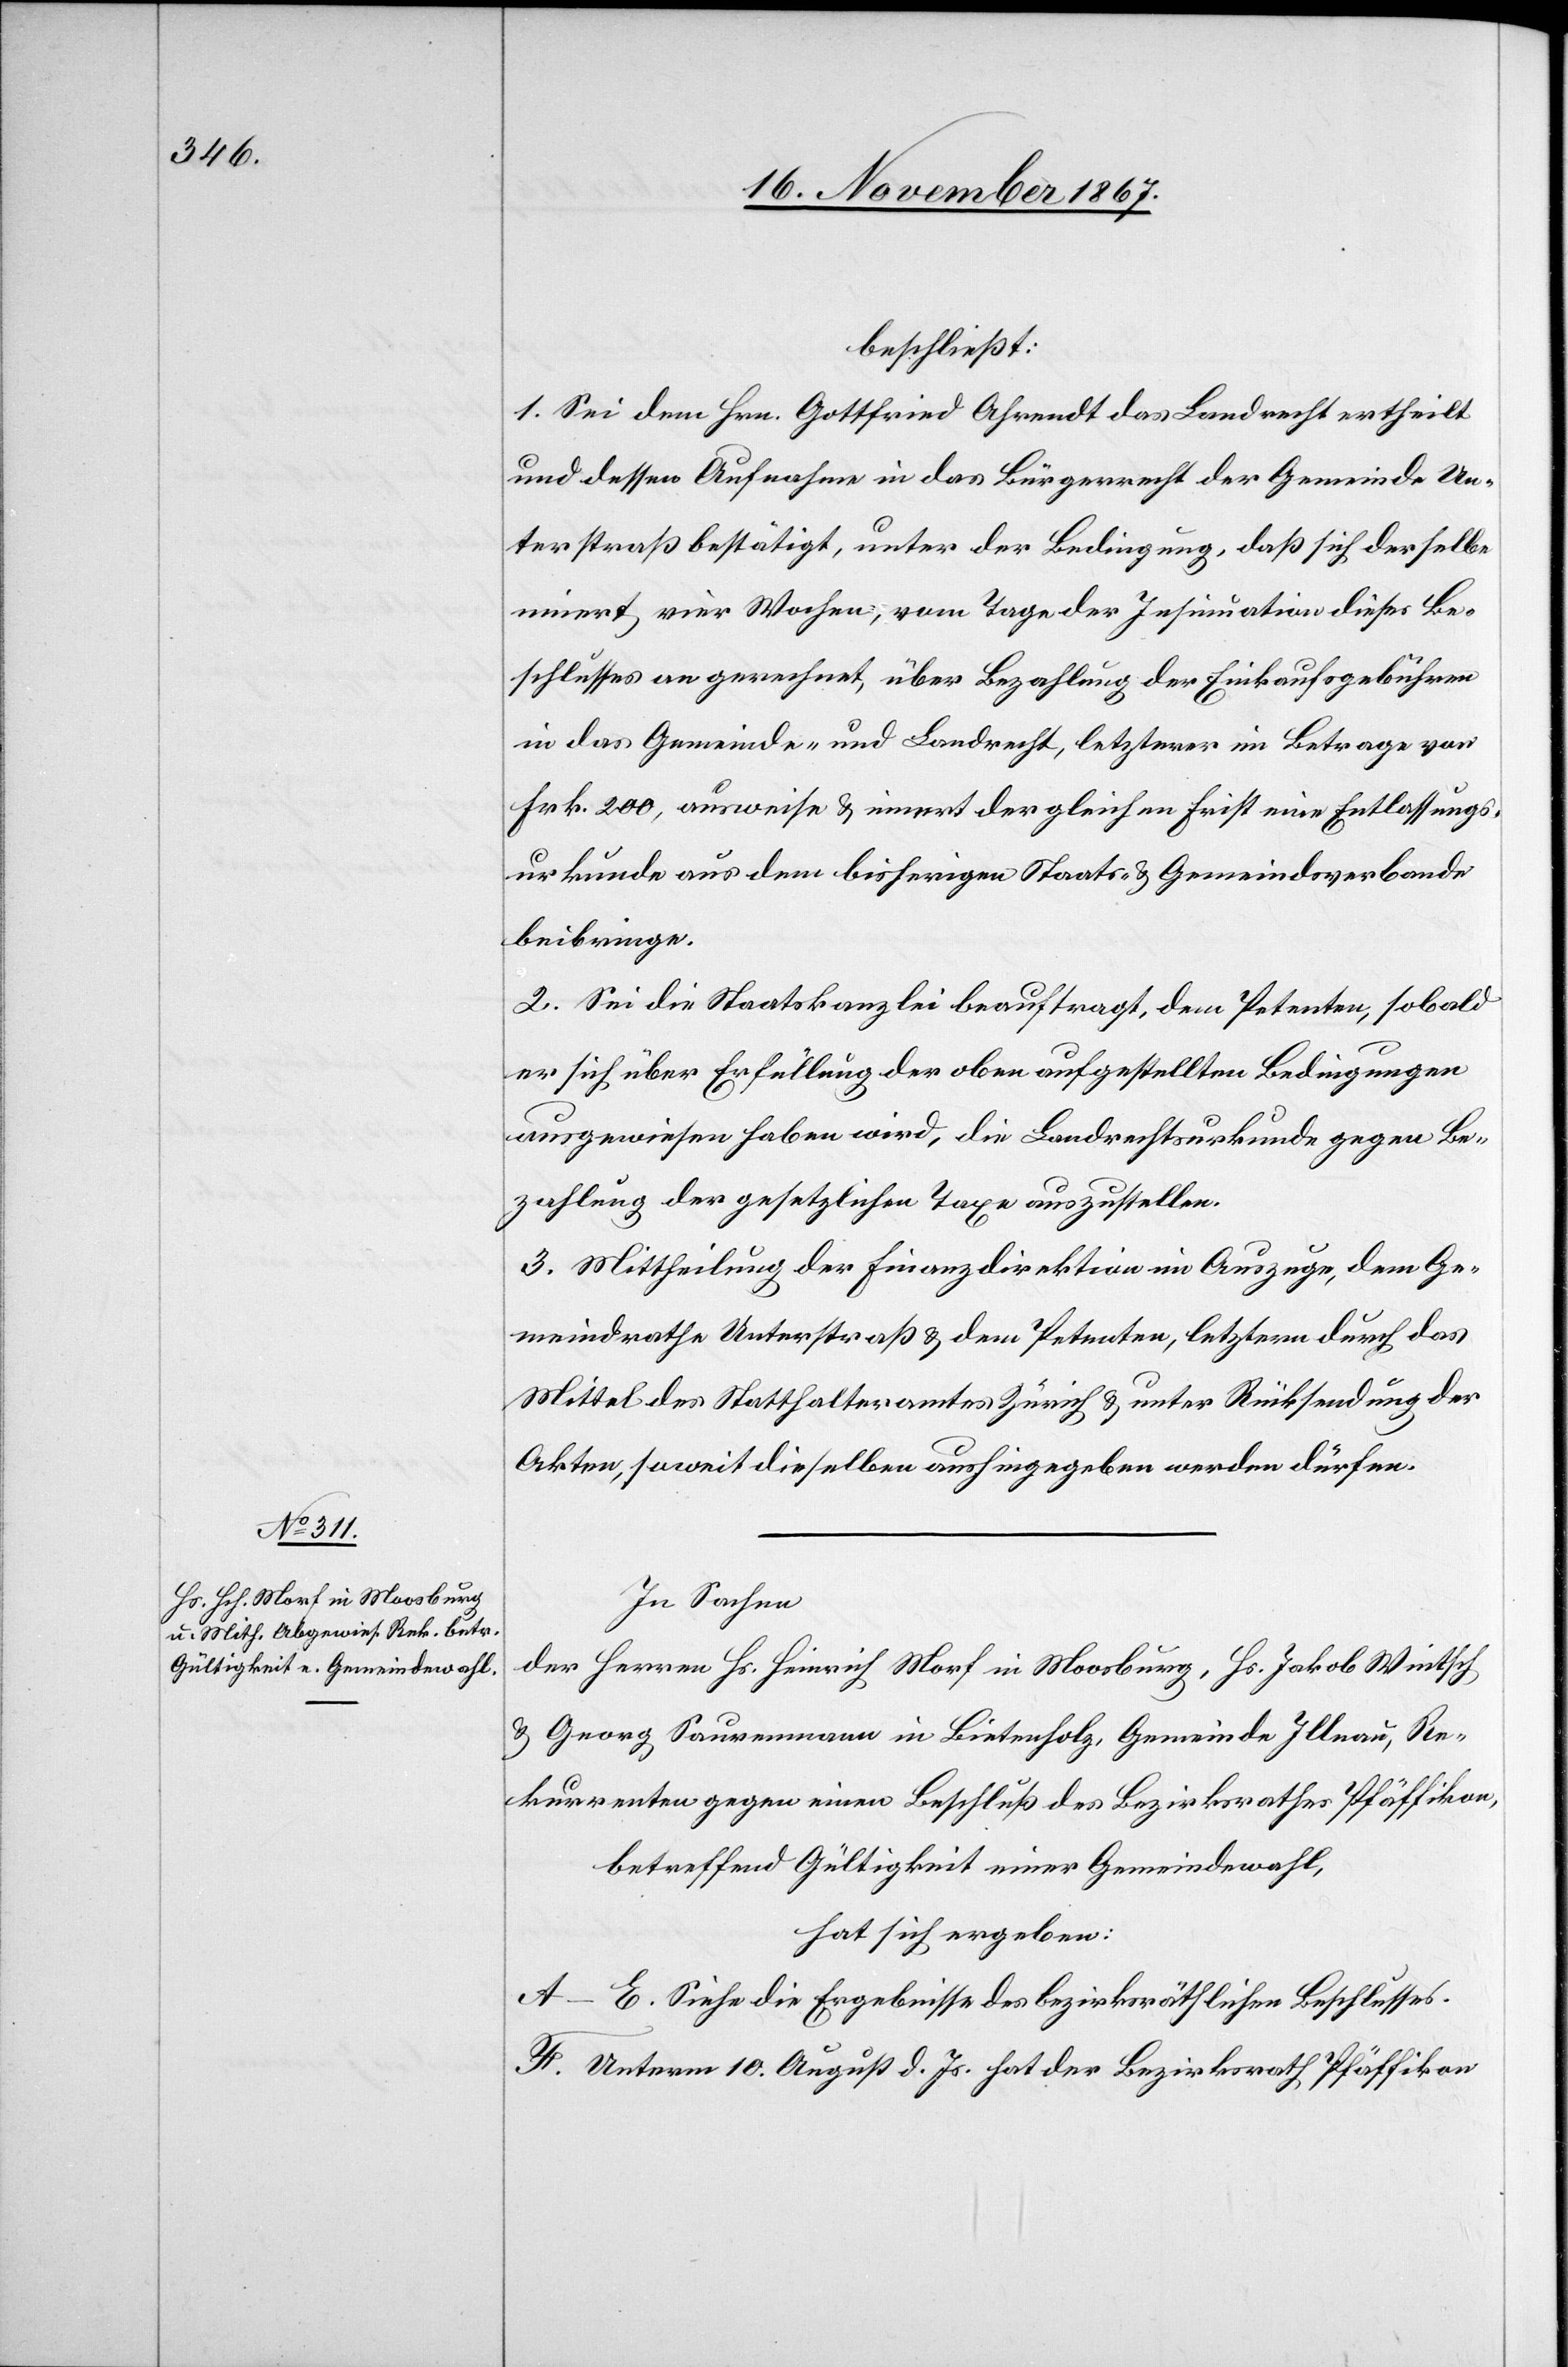
beschließt:
1. Sei dem Hrn. Gottfried Ahrendt das Landrecht ertheilt
und dessen Aufnahme in das Bürgerrecht der Gemeinde Un¬
terstraß bestätigt, unter der Bedingung, daß sich derselbe
innert vier Wochen, vom Tage der Insinuation dieses Be¬
schlusses an gerechnet, über Bezahlung der Einkaufsgebühren
in das Gemeinde- und Landrecht, letzterer im Betrage von
Frk. 200, ausweise u. innert der gleichen Frist eine Entlassungs¬
urkunde aus dem bisherigen Staats- u. Gemeindsverbande
beibringe.
2. Sei die Staatskanzlei beauftragt, dem Petenten, sobald
er sich über Erfüllung der oben aufgestellten Bedingungen
ausgewiesen haben wird, die Landrechtsurkunde gegen Be¬
zahlung der gesetzlichen Taxe auszustellen.
3. Mittheilung der Finanzdirektion im Auszuge, dem Ge¬
meindrathe Unterstraß u. dem Petenten, letzerm durch das
Mittel des Statthalteramtes Zürich u. unter Rücksendung der
Akten, soweit dieselben aushingegeben werden dürfen.
In Sachen
der Herren Hs. Heinrich Morf in Mossburg, Hs. Jakob Wintsch
u. Georg Sauremann in Bieterholz, Gemeinde Illnau, Re¬
kurrenten gegen einen Beschluß des Bezirksrathes Pfäffikon,
betreffend Gültigkeit einer Gemeindewahl,
hat sich ergeben:
A–E. Siehe die Ergebnisse des bezirksräthlichen Beschlusses.
F. Unterm 10. August d. Js. hat der Bezirksrath Pfäffikon